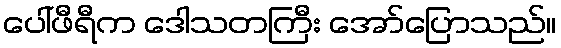
ပေါ်ဖီရီက ဒေါသတကြီး အော်ပြောသည်။